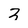
Character: 3